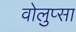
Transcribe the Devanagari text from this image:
वोलुप्सा